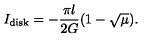
I _ { \mathrm { d i s k } } = - \frac { \pi l } { 2 G } ( 1 - \sqrt { \mu } ) .